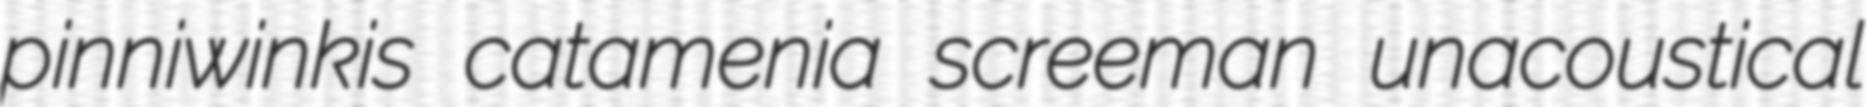
pinniwinkis catamenia screeman unacoustical